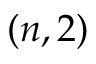
( n , 2 )